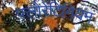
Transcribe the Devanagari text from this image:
फ्लोरेंटिनियम